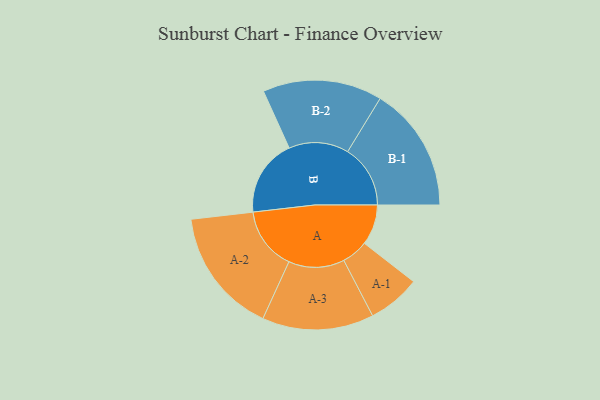
{"axis": {"x": "Segment", "y": "Value"}, "legend": ["", "A", "B"], "data": [{"x": "A", "y": 164, "type": ""}, {"x": "B", "y": 313, "type": ""}, {"x": "A-1", "y": 107, "type": "A"}, {"x": "A-2", "y": 255, "type": "A"}, {"x": "A-3", "y": 226, "type": "A"}, {"x": "B-1", "y": 254, "type": "B"}, {"x": "B-2", "y": 242, "type": "B"}]}